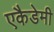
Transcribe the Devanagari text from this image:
एकैडेमी